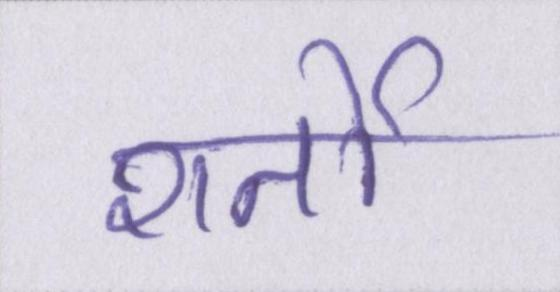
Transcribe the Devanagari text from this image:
शर्तो